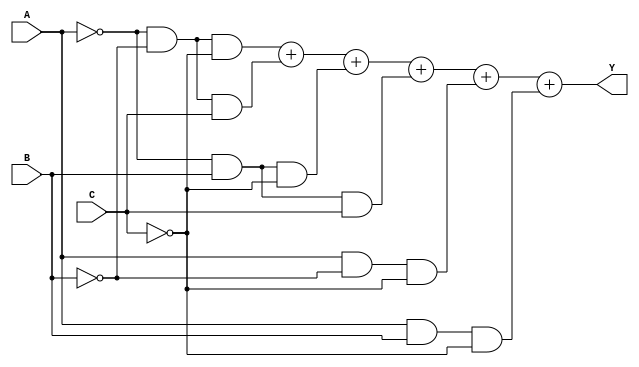
module ejercicio_13(
    
    input A, B, C,
    output Y
);
    assign Y = ((!A) & (!B) & (!C)) + ((!A) & (!B) & C)+((!A) & B & (!C)) + ((!A) & B & C) + (A & (!B) & (!C)) + (A & B & (!C));
endmodule